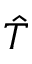
\hat { T }